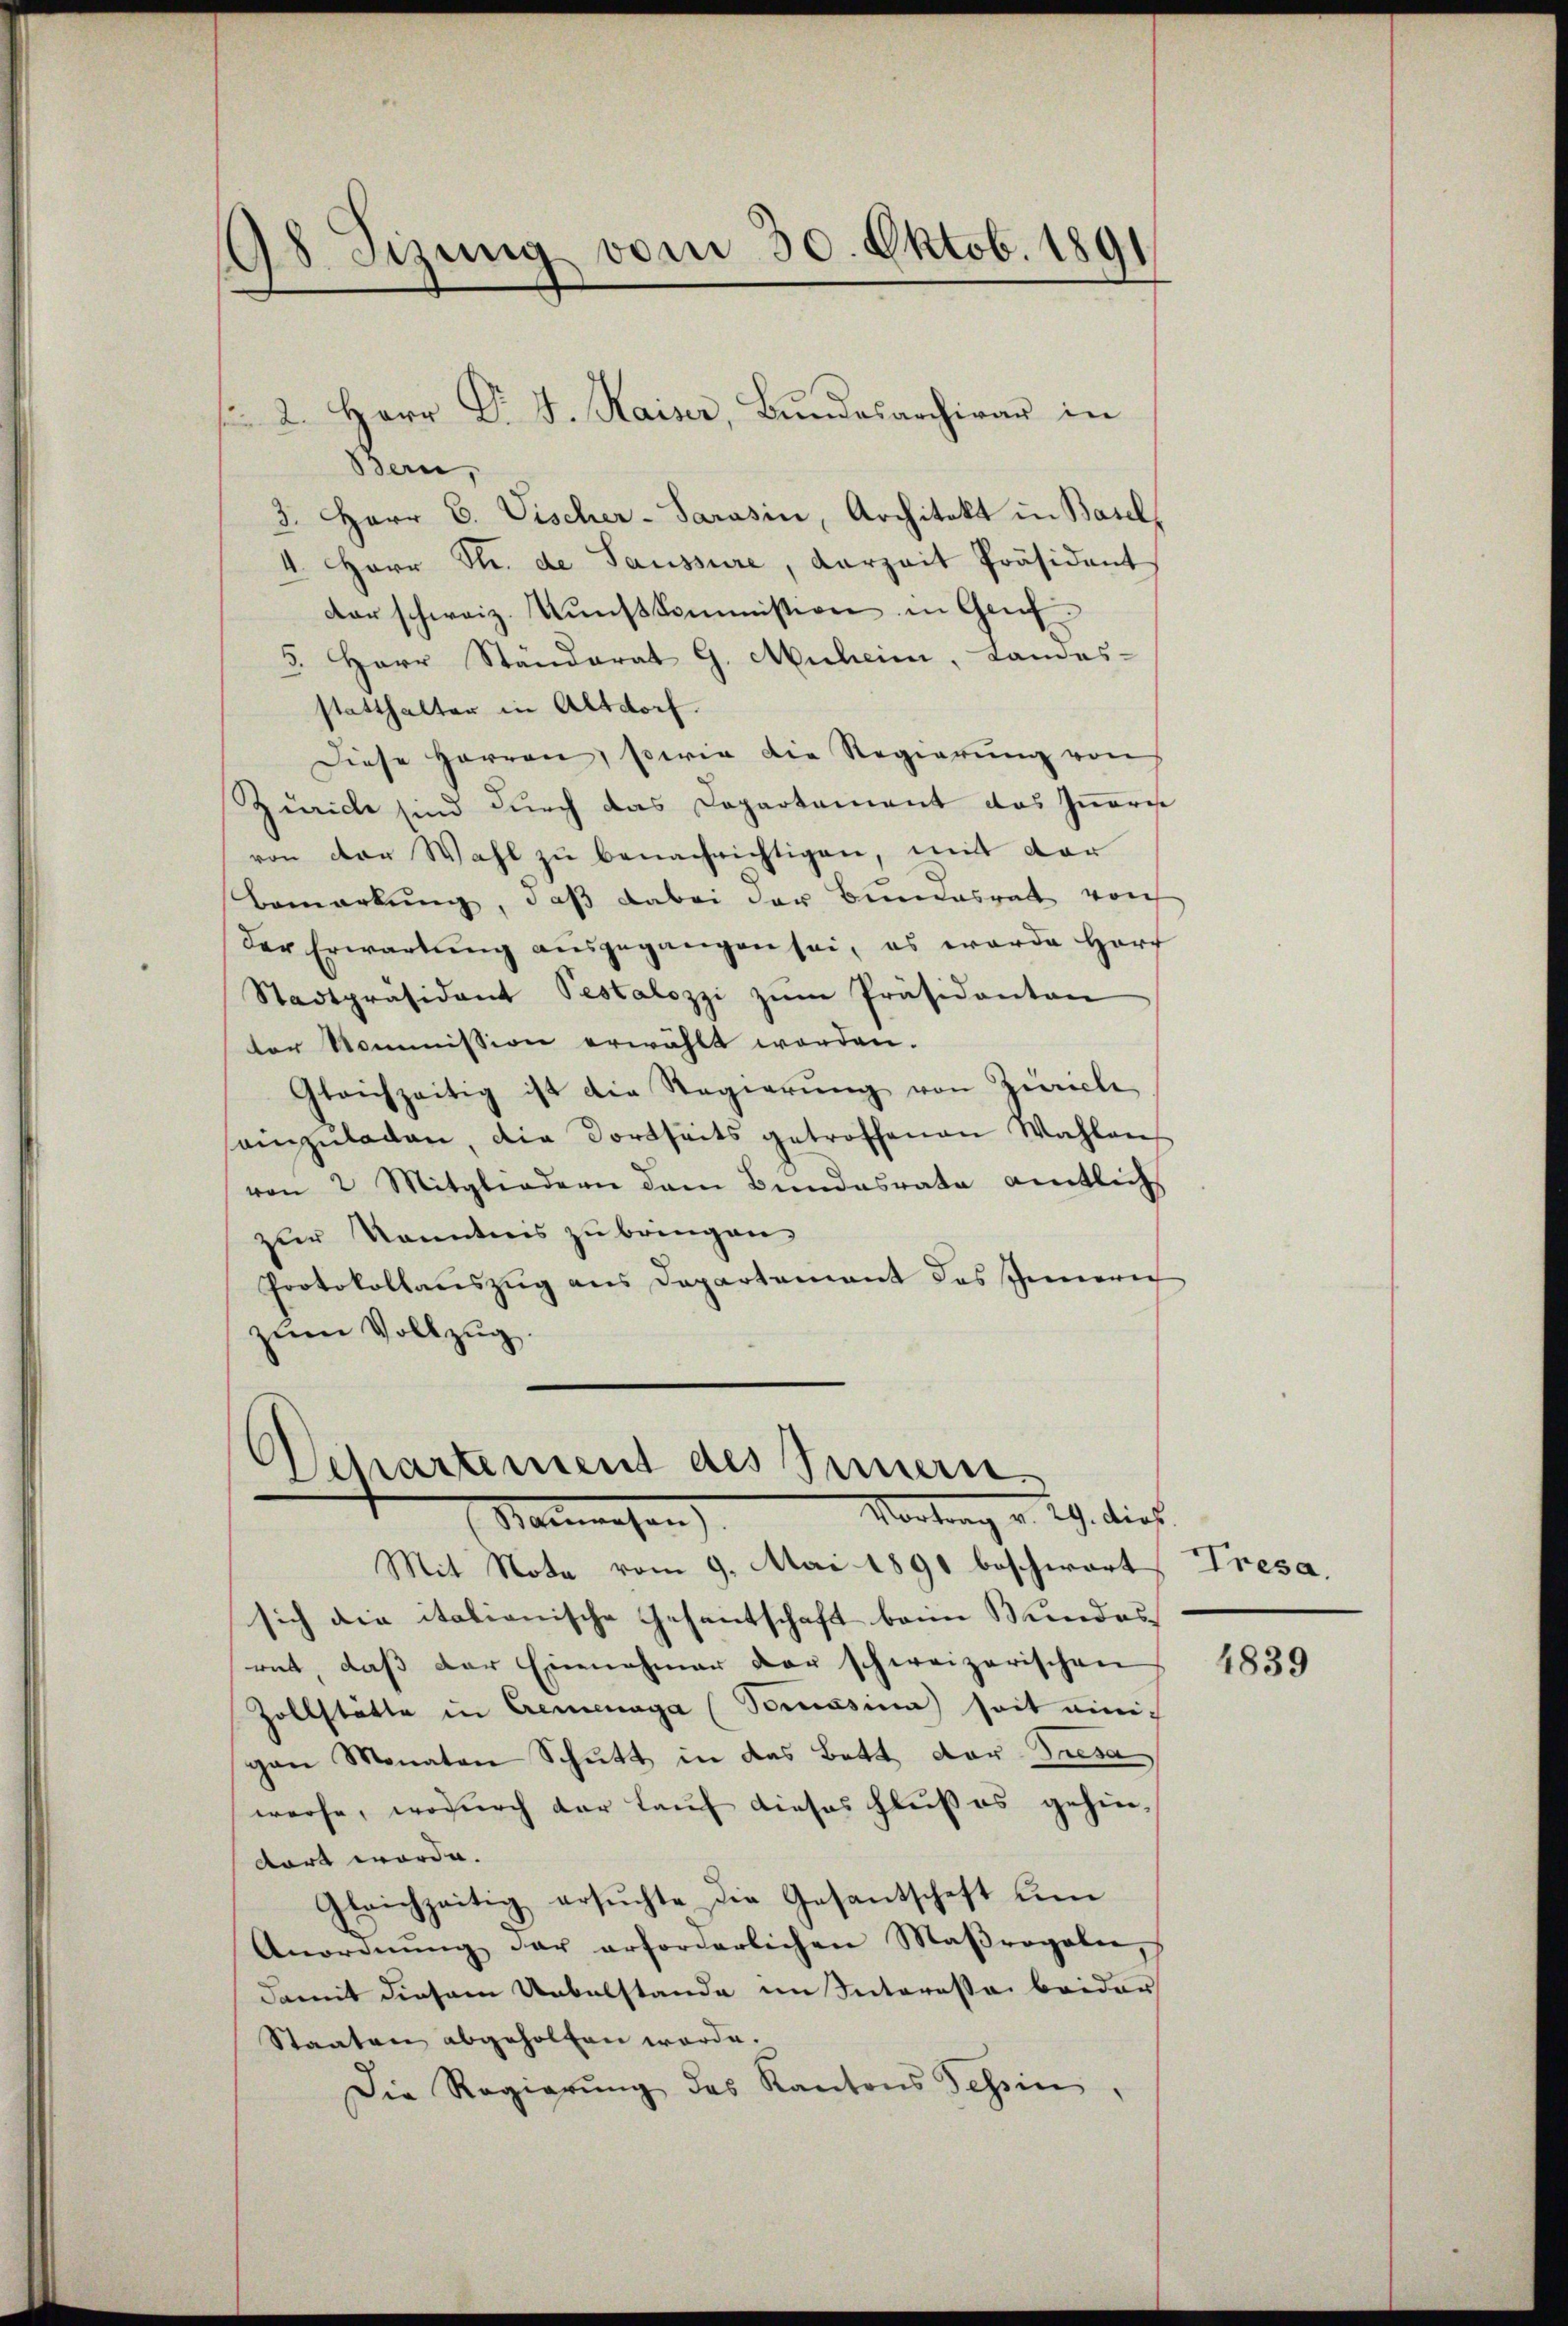
18. Sizung vom 30. Oktob. 1891

Bern,
3. Herr C. Fischer-Sarasin, Architekt in Basel,
4. Herr Str. de Saussure, Verzeit Präsident
der schweiz. Kŭnstkommission in Genf
5. Herr Ständerat G. Muheim, Landes-
statthalter in Altdorf.
Diese Herren, sowie die Regierŭng von
Zürich sind durch das Capartament das Inneris
von der Wahl zu benachrichtigen, mit der
Bemarkung, daß dabei der Bundesrat von
der Erwartung ausgegangen sei, es werde Hor
Stadtpräsident Pestalozzi zŭm Präsidanten
er Kommission erwählt worden.
Gleichzeitig ist die Regierŭng von Zürich
einzŭladen, die dortseits getroffenen Wahlen
von 2 Mitgliedern dem Bundesrate amtlich
zur Kenntnis zu bringen.
Protokollauszug aus Departement des Innern
zum Vollzug.

2. Herr Dr. J. Kaiser, Bundesarchivar in

Departement des Innern
Vortrag v. 29. dies
Nanwesen

Mit Nota vom 9. Mai 1891 beschwort, Tresa.
sich die italienische Gesantschaft beim Bundes-
rat, daß der Einnahmer der schweizerischen
Zollstätte in Cremenaga (Sommasina) seit einigan Monaten Schutt in das Bett, der Priesa
werfe, wodurch der Lauf dieses Fluß es gehindort werde.
Gleichzeitig ersŭchte die Gesantschaft um
Anordnŭng der erforderlichen Maβrogaler,
damit diesem Uebelstande im Interessa beider
Staaten abgeholfen werde.
Die Regierŭng des Kantons Tessin

4839